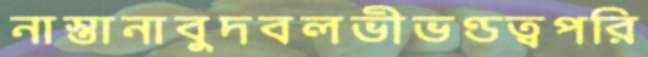
নাস্তানাবুদবলভীভণ্ডত্বপরি